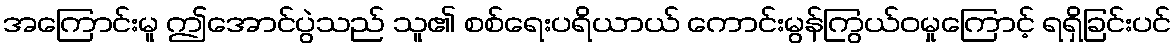
အကြောင်းမူ ဤအောင်ပွဲသည် သူ၏ စစ်ရေးပရိယာယ် ကောင်းမွန်ကြွယ်ဝမှုကြောင့် ရရှိခြင်းပင်